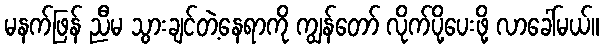
မနက်ဖြန် ညီမ သွားချင်တဲ့နေရာကို ကျွန်တော် လိုက်ပို့ပေးဖို့ လာခေါ်မယ်။